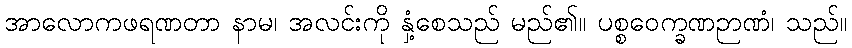
အာလောကဖရဏတာ နာမ၊ အလင်းကို နှံ့စေသည် မည်၏။ ပစ္စဝေက္ခဏဉာဏံ၊ သည်။